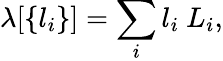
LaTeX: \lambda[\left\{ l_{i}\right\} ]=\sum_{i}l_{i}\ L_{i},